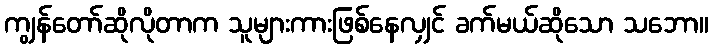
ကျွန်တော်ဆိုလိုတာက သူများကားဖြစ်နေလျှင် ခက်မယ်ဆိုသော သဘော။